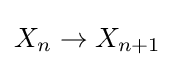
X_{n}\to X_{n+1}